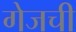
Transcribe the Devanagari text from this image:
गेजची